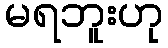
မရဘူးဟု